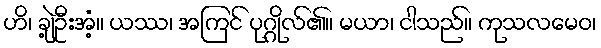
ဟိ၊ ချဲ့ဦးအံ့။ ယဿ၊ အကြင် ပုဂ္ဂိုလ်၏။ မယာ၊ ငါသည်။ ကုသလမေဝ၊